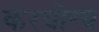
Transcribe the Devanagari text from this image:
करयोग्य